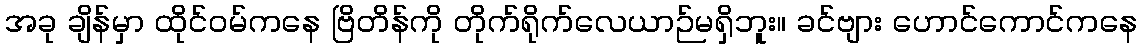
အခု ချိန်မှာ ထိုင်ဝမ်ကနေ ဗြိတိန်ကို တိုက်ရိုက်လေယာဉ်မရှိဘူး။ ခင်ဗျား ဟောင်ကောင်ကနေ